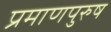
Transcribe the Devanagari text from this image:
प्रमाणपुरुष